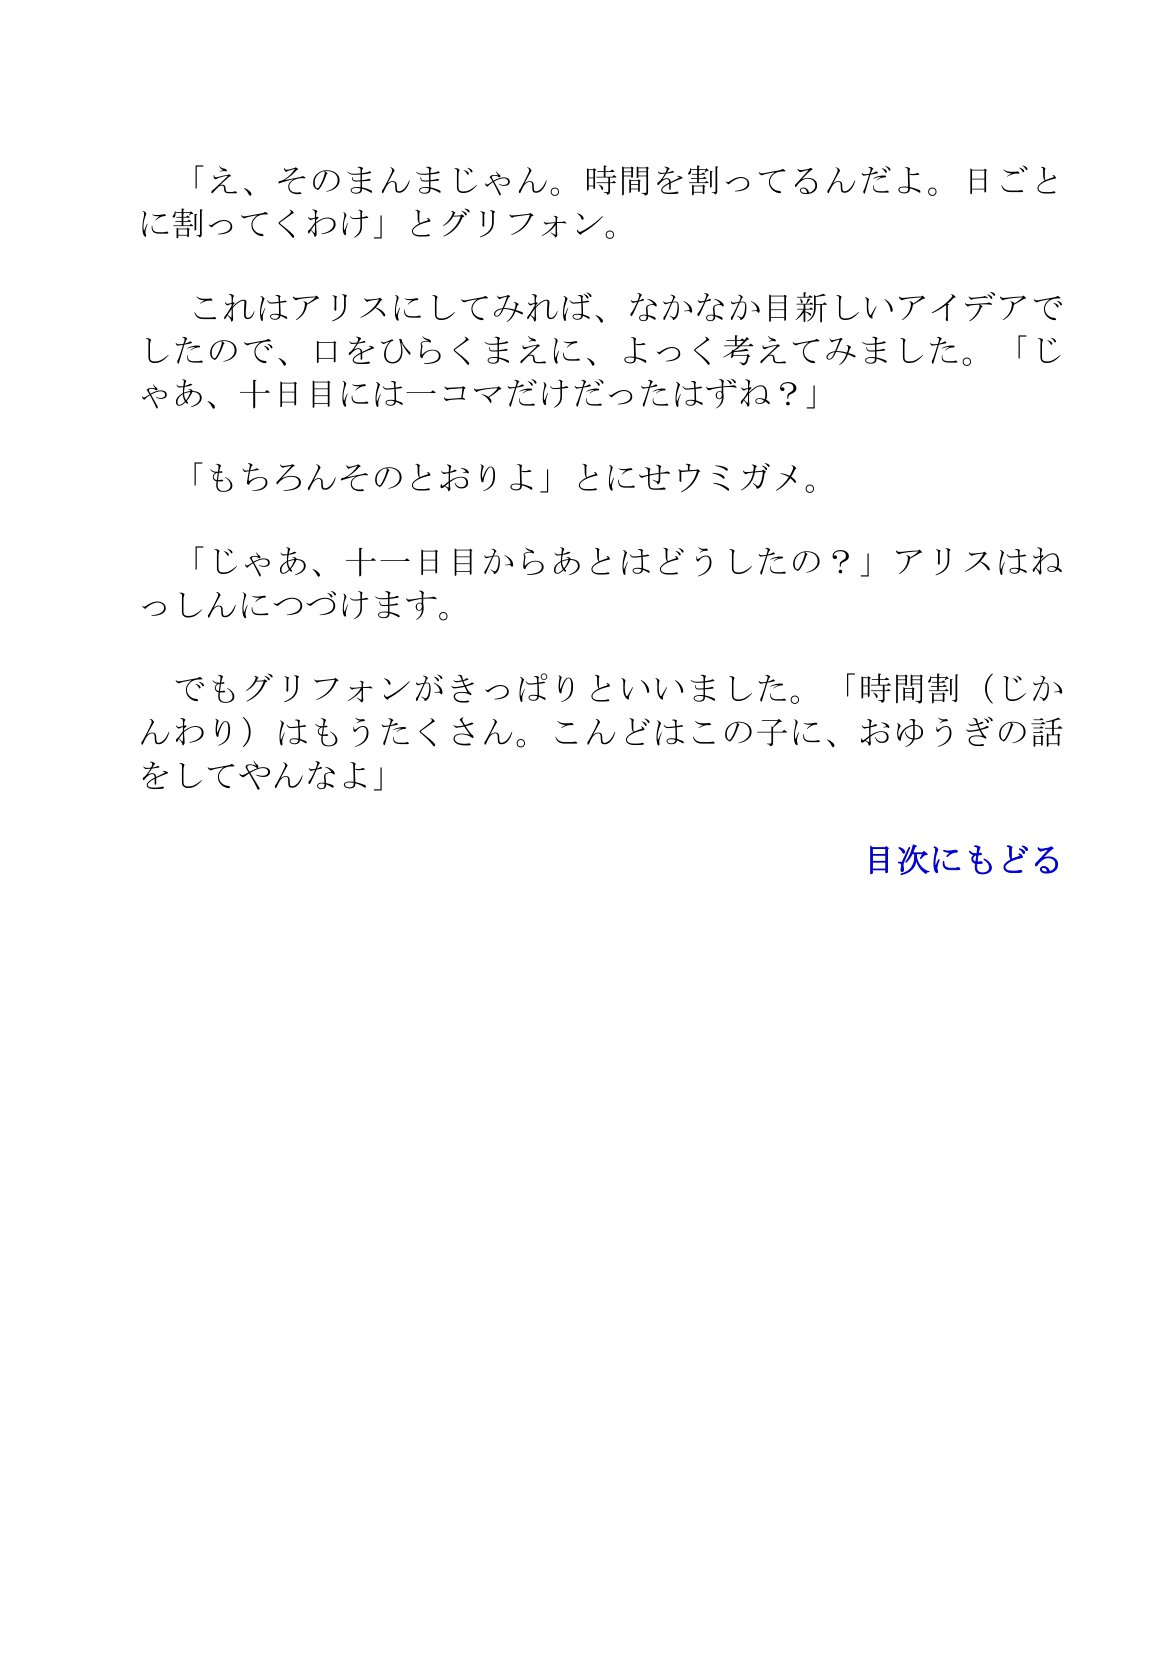
Language: ja